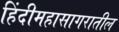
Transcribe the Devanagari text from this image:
हिंदीमहासागरातील